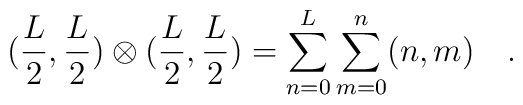
(\frac{L}{2},\frac{L}{2})\otimes(\frac{L}{2},\frac{L}{2})=\sum_{n=0}^{L}\sum_{m=0}^{n} (n,m)\quad .